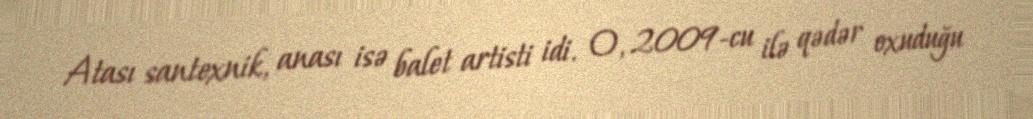
Atası santexnik, anası isə balet artisti idi. O, 2009-cu ilə qədər oxuduğu